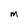
Character: M